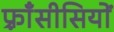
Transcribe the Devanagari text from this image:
फ़्राँसीसियों